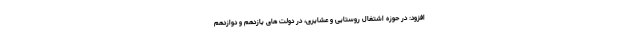
افزود: در حوزه اشتغال روستایی و عشایری، در دولت های یازدهم و دوازدهم